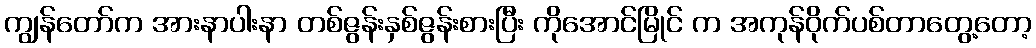
ကျွန်တော်က အားနာပါးနာ တစ်ဇွန်းနှစ်ဇွန်းစားပြီး ကိုအောင်မြိုင် က အကုန်ဝိုက်ပစ်တာတွေ့တော့